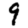
Digit: 9